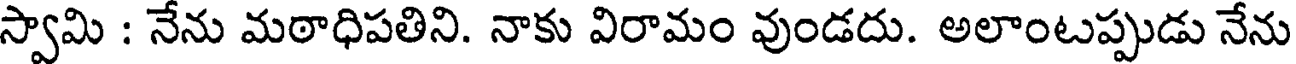
స్వామి : నేను మఠాధిపతిని. నాకు విరామం వుండదు. అలాంటప్పుడు నేను